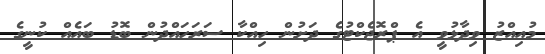
މުއިއްޒު ވިދާޅުވީ އެ ޕްރޮޖެކްޓުގެ ދަށުން ހިއްކާ ސަރަހައްދުން ބޮޑު ބައެއް ކުނީގެ